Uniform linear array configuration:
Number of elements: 24
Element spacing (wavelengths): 0.25
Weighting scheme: blackman
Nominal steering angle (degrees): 45
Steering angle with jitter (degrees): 44.808
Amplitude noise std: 0.05
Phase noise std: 0.05

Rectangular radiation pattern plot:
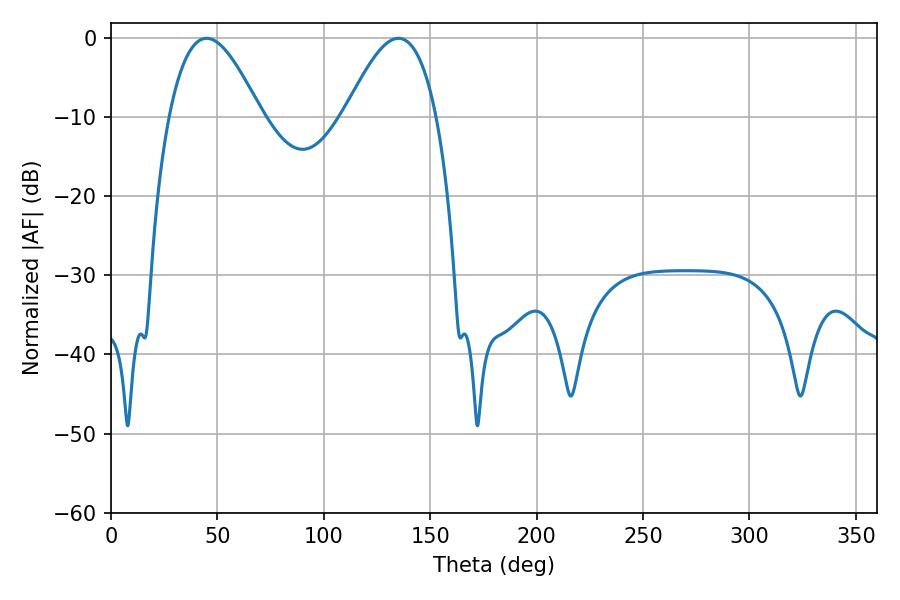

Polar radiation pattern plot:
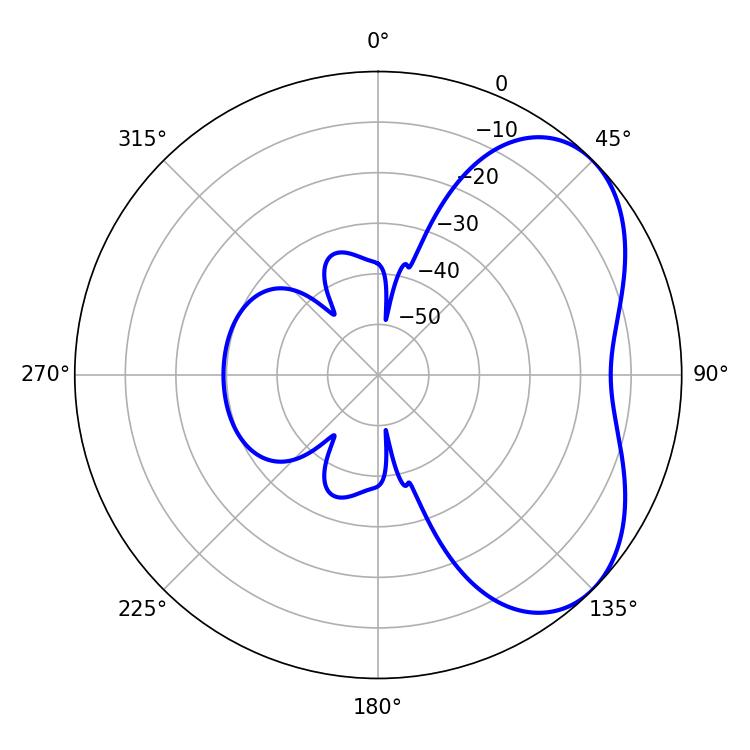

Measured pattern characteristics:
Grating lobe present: FALSE
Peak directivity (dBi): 4.781
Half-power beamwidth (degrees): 23.4
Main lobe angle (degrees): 45